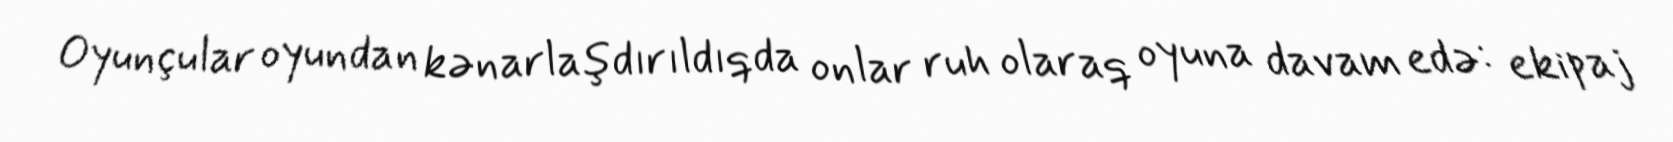
Oyunçular oyundan kənarlaşdırıldıqda onlar ruh olaraq oyuna davam edə: ekipaj